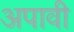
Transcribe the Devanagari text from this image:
अपावी